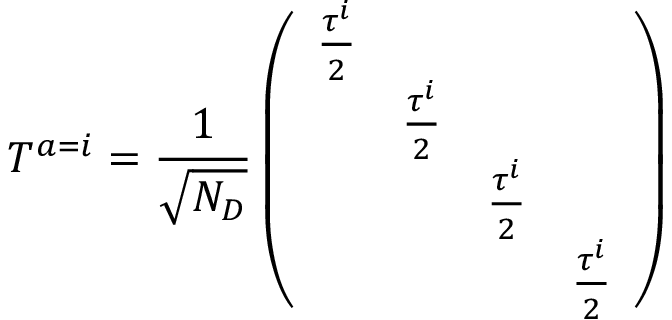
T ^ { a = i } = { \frac { 1 } { \sqrt { N _ { D } } } } \left( \begin{array} { c c c c } { { { \frac { \tau ^ { i } } { 2 } } } } & { { } } & { { } } & { { } } \\ { { } } & { { { \frac { \tau ^ { i } } { 2 } } } } & { { } } & { { } } \\ { { } } & { { } } & { { { \frac { \tau ^ { i } } { 2 } } } } & { { } } \\ { { } } & { { } } & { { } } & { { { \frac { \tau ^ { i } } { 2 } } } } \end{array} \right)